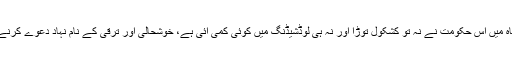
مسلم لیگ (ن) کی حکومت کے معاشی ترقی کےدعووں کے برعکس 27 ماہ میں اس حکومت نے نہ تو کشکول توڑا اور نہ ہی لوڈشیڈنگ میں کوئی کمی آئی ہے، خوشحالی اور ترقی کے نام نہاد دعوے کرنے والی اس حکومت نے اب تک صرف عوام کی مشکلات میں اضافہ کیا ہے۔